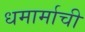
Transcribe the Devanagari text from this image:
धमार्माची